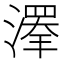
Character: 𱨰